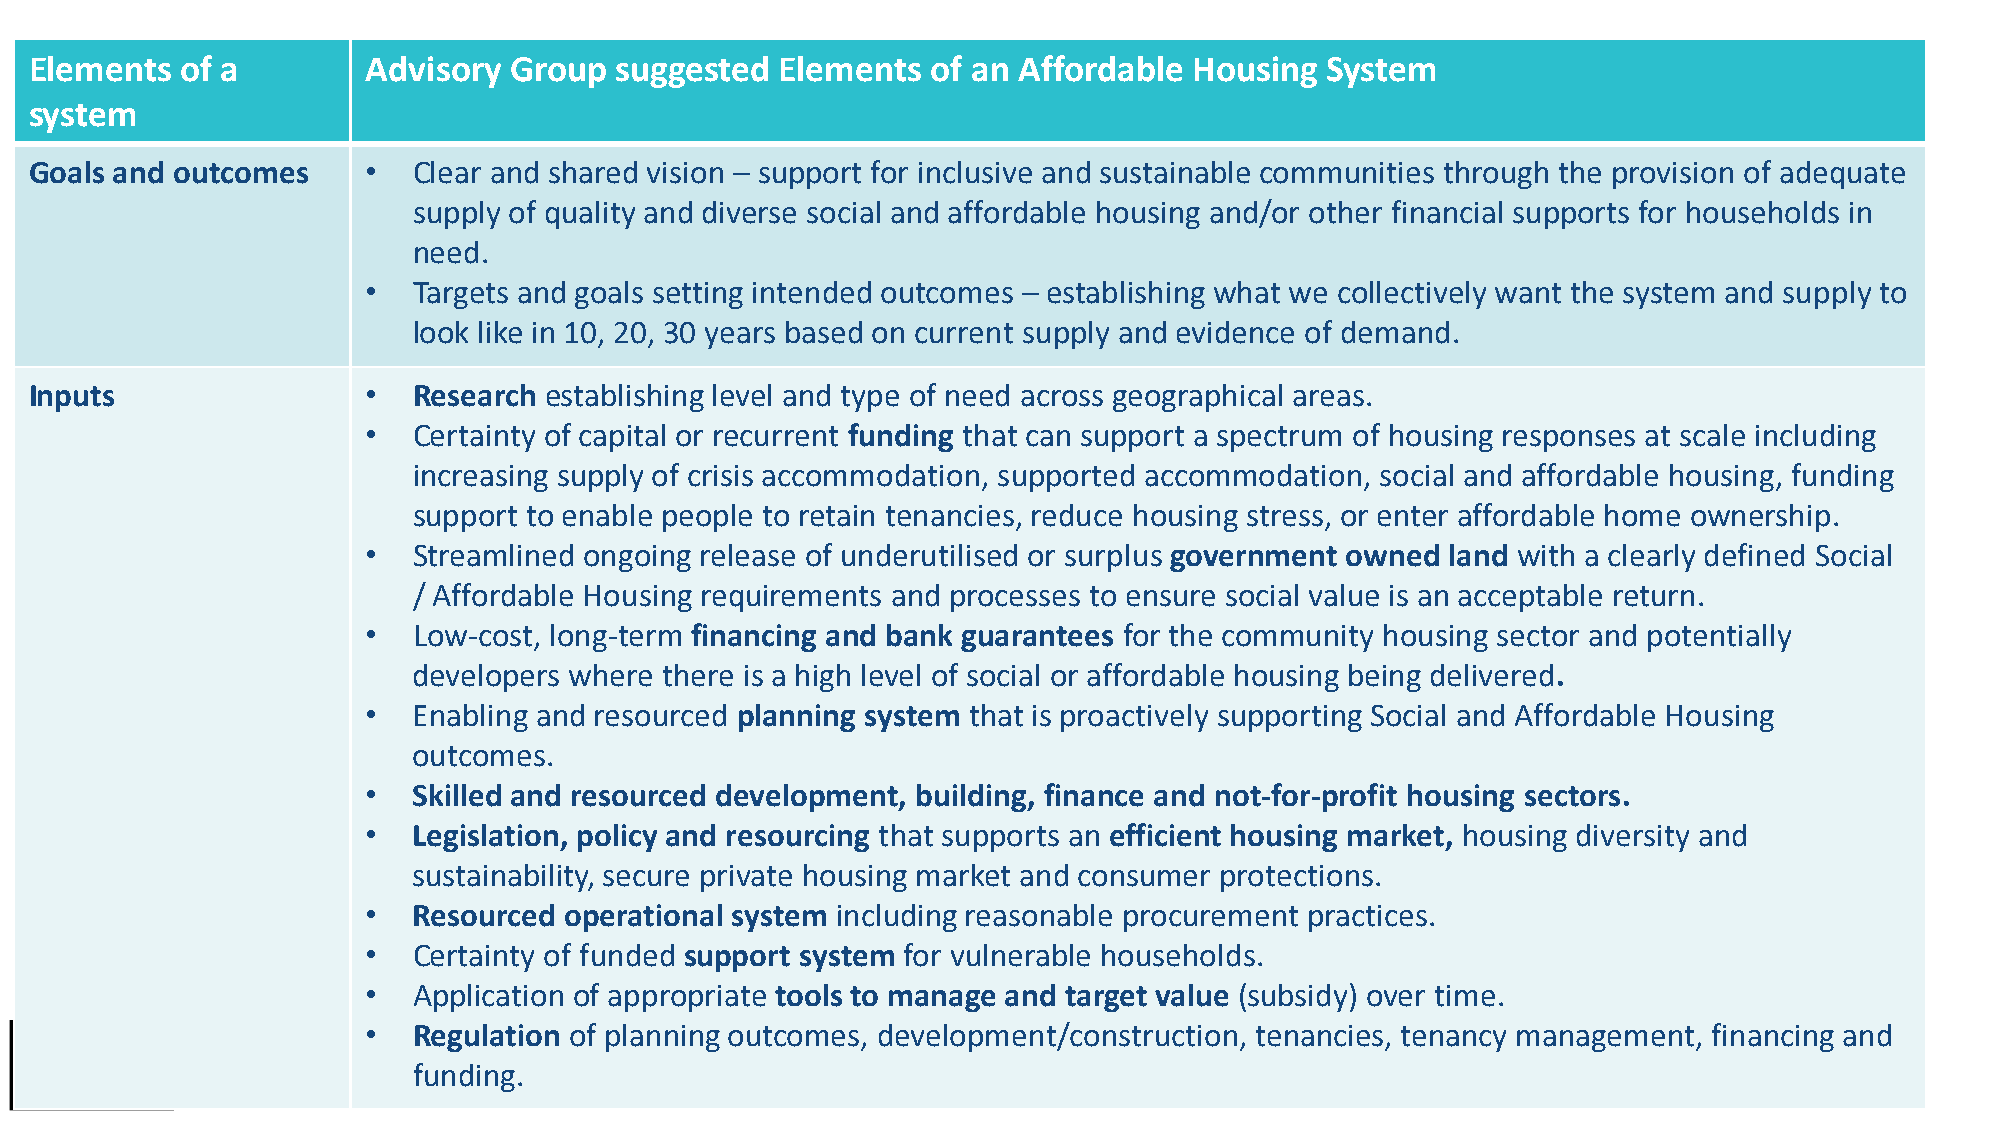
Elements  of a        Advisory  Group  suggested  Elements  of an Affordable Housing  System
 system
 Goals and outcomes    •  Clear and shared vision – support for inclusive and sustainable communities through the provision of adequate
 supply of quality and diverse social and affordable housing and/or other financial supports for households in
 need.
 •  Targets and goals setting intended outcomes – establishing what we collectively want the system and supply to
 look like in 10, 20, 30 years based on current supply and evidence of demand.
 Inputs                •  Research establishing level and type of need across geographical areas.
 •  Certainty of capital or recurrent funding that can support a spectrum of housing responses at scale including
 increasing supply of crisis accommodation, supported accommodation, social and affordable housing, funding
 support to enable people to retain tenancies, reduce housing stress, or enter affordable home ownership.
 •  Streamlined ongoing release of underutilised or surplus government owned land with a clearly defined Social
 / Affordable Housing requirements and processes to ensure social value is an acceptable return.
 •  Low-cost, long-term financing and bank guarantees for the community housing sector and potentially
 developers where there is a high level of social or affordable housing being delivered.
 •  Enabling and resourced planning system that is proactively supporting Social and Affordable Housing
 outcomes.
 •  Skilled and resourced development, building, finance and not-for-profit housing sectors.
 •  Legislation, policy and resourcing that supports an efficient housing market, housing diversity and
 sustainability, secure private housing market and consumer protections.
 •  Resourced operational system including reasonable procurement practices.
 •  Certainty of funded support system for vulnerable households.
 •  Application of appropriate tools to manage and target value (subsidy) over time.
 28
 •  Regulation of planning outcomes, development/construction, tenancies, tenancy management, financing and
 funding.